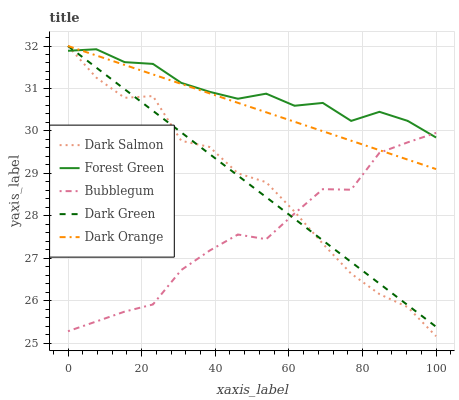
| xaxis_label | Dark Salmon | Forest Green | Bubblegum | Dark Green | Dark Orange |
 | --- | --- | --- | --- | --- | --- |
 | 0 | 32 | 31.9 | 25.3 | 32 | 32 |
 | 7.69 | 31.3 | 31.9 | 25.5 | 31.5 | 31.8 |
 | 15.4 | 30.8 | 31.6 | 25.7 | 31 | 31.6 |
 | 23.1 | 30.8 | 31.6 | 25.9 | 30.5 | 31.3 |
 | 30.8 | 29.8 | 31.1 | 26.7 | 30 | 31.1 |
 | 38.5 | 29.6 | 30.9 | 27.2 | 29.5 | 30.9 |
 | 46.2 | 29 | 30.8 | 27.6 | 28.9 | 30.7 |
 | 53.8 | 28.8 | 30.9 | 27.4 | 28.4 | 30.4 |
 | 61.5 | 28.1 | 30.6 | 28.1 | 27.9 | 30.2 |
 | 69.2 | 27.3 | 30.7 | 28.6 | 27.4 | 30 |
 | 76.9 | 26.6 | 30.2 | 28.6 | 26.9 | 29.8 |
 | 84.6 | 26.2 | 30.4 | 29.5 | 26.4 | 29.5 |
 | 92.3 | 25.8 | 30.2 | 29.7 | 25.9 | 29.3 |
 | 100 | 25.2 | 29.8 | 30 | 25.4 | 29.1 |